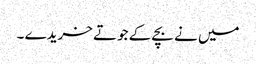
میں نے بچے کے جوتے خریدے ۔